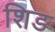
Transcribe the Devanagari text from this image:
शिङ